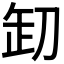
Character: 𠛺